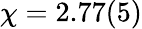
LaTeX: \chi=2.77(5)